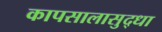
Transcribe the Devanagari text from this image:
कापसालासुद्धा